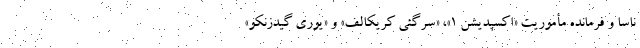
ناسا و فرمانده مأموریت «اکسپدیشن ۱»، «سرگئی کریکالف» و «یوری گیدزنکو»